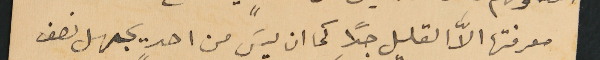
معرفتها الاَّ القليل جدًا كما ان ليسَ من احدٍ يجهل نصف